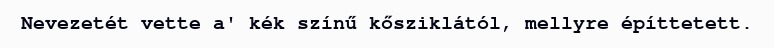
Nevezetét vette a' kék színű kősziklától, mellyre építtetett.